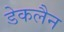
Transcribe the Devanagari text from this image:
डेकलैन